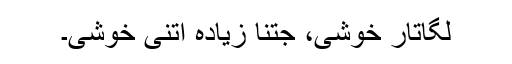
لگاتار خوشی، جتنا زیادہ اتنی خوشی۔